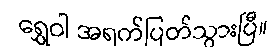
ရွှေဝါ အရက်ပြတ်သွားပြီ။